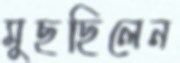
মুছছিলেন